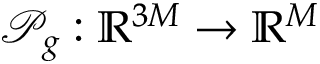
\mathcal { P } _ { g } : \mathbb { R } ^ { 3 M } \to \mathbb { R } ^ { M }